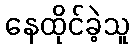
နေထိုင်ခဲ့သူ